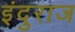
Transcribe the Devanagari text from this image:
इंदुराज